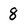
Character: 8